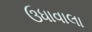
ઉધાવાલા